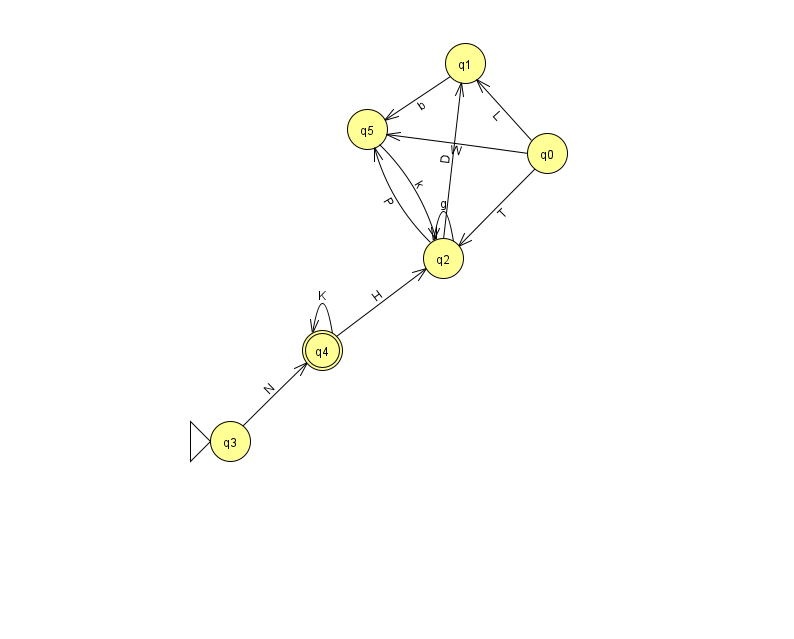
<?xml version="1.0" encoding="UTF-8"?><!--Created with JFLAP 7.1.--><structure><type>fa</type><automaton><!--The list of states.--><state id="0" name="q0"><x>547.0</x><y>140.0</y></state><state id="1" name="q1"><x>465.0</x><y>50.0</y></state><state id="2" name="q2"><x>443.0</x><y>245.0</y></state><state id="3" name="q3"><x>230.0</x><y>428.0</y><initial/></state><state id="4" name="q4"><x>322.0</x><y>337.0</y><final/></state><state id="5" name="q5"><x>367.0</x><y>116.0</y></state><!--The list of transitions.--><transition><from>2</from><to>5</to><read>P</read></transition><transition><from>1</from><to>5</to><read>b</read></transition><transition><from>2</from><to>1</to><read>D</read></transition><transition><from>0</from><to>2</to><read>T</read></transition><transition><from>0</from><to>5</to><read>W</read></transition><transition><from>2</from><to>2</to><read>g</read></transition><transition><from>4</from><to>2</to><read>H</read></transition><transition><from>5</from><to>2</to><read>k</read></transition><transition><from>4</from><to>4</to><read>K</read></transition><transition><from>3</from><to>4</to><read>N</read></transition><transition><from>0</from><to>1</to><read>L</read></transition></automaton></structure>